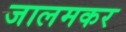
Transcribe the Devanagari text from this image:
जालमकर